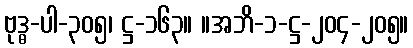
ဗုဒ္ဓ-ပါ-၃၀၅၊ ဋ္ဌ-၁၆၃။ ။အဘိ-၁-ဋ္ဌ-၂၀၄-၂၀၅။